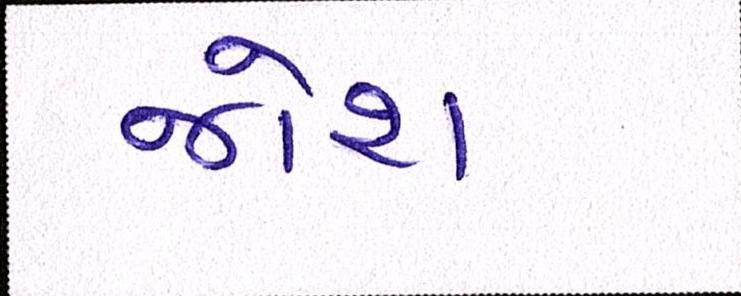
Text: જોશ